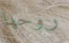
روحها